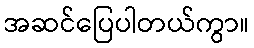
အဆင်ပြေပါတယ်ကွာ။